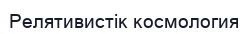
Релятивистік космология